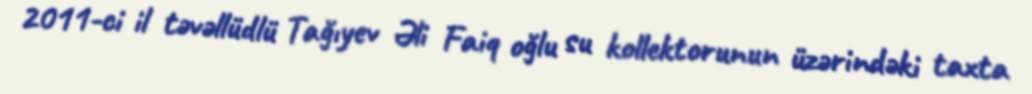
2011-ci il təvəllüdlü Tağıyev Əli Faiq oğlu su kollektorunun üzərindəki taxta